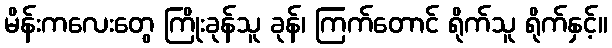
မိန်းကလေးတွေ ကြိုးခုန်သူ ခုန်၊ ကြက်တောင် ရိုက်သူ ရိုက်နှင့်။